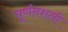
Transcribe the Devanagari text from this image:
घूर्णनशली